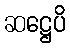
ဆဋ္ဌေပိ